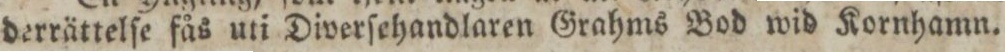
derrättelſe fås uti Diverſehandlaren Grahms Bod wid Kornhamn.